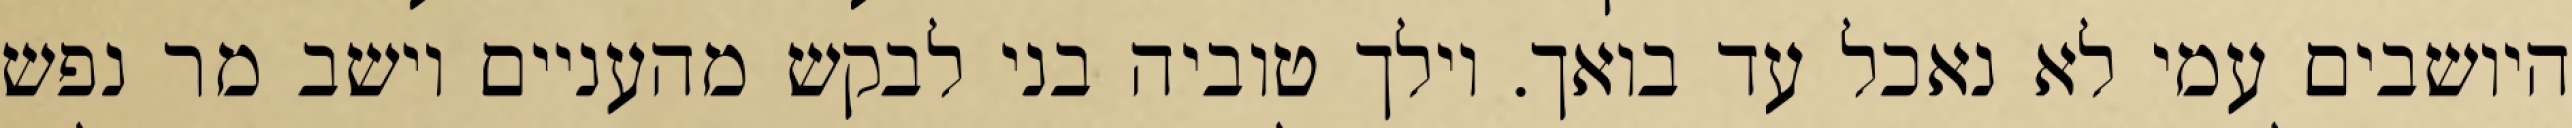
היושבים עמי לא נאכל עד בואך. וילך טוביה בני לבקש מהעניים וישב מר נפש